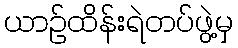
ယာဉ်ထိန်းရဲတပ်ဖွဲ့မှ